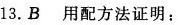
13.B用配方法证明：